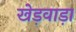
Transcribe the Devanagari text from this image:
खेड़वाड़ा